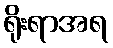
ရိုးရာအရ